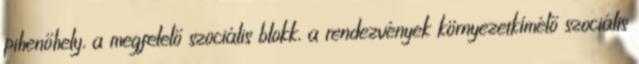
pihenőhely, a megfelelő szociális blokk, a rendezvények környezetkímélő szociális